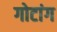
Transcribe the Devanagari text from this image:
गोटांग